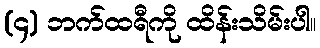
(၄) ဘက်ထရီကို ထိန်းသိမ်းပါ။